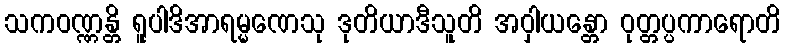
သကဝဏ္ဏန္တိ ရူပါဒိအာရမ္မဏေသု ဒုတိယာဒီသူတိ အဝှါယန္တော ဝုတ္တပ္ပကာရောတိ